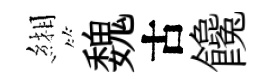
緗魏古饞